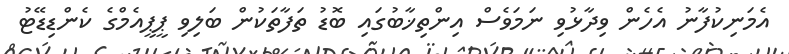
އެމަނިކުފާނު އެހެން ވިދާޅުވި ނަމަވެސް އިންތިޚާބުގައި ބޮޑު ތަފާތަކުން ބަލިވި ޕީޕީއެމްގެ ކެންޑިޑޭޓު